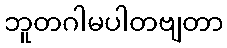
ဘူတဂါမပါတဗျတာ